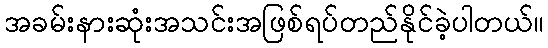
အခမ်းနားဆုံးအသင်းအဖြစ်ရပ်တည်နိုင်ခဲ့ပါတယ်။